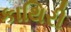
કાથિરી